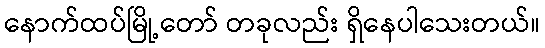
နောက်ထပ်မြို့တော် တခုလည်း ရှိနေပါသေးတယ်။